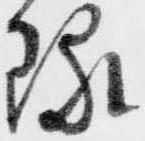
琢